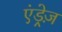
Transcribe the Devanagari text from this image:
एंड्रेज़